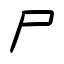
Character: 尸